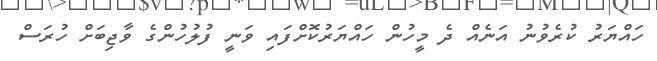
ހައްޔަރު ކުރެވުނު އަނެއް ދެ މީހުން ހައްޔަރުކޮށްފައި ވަނީ ފުލުހުންގެ ވާޖިބަށް ހުރަސް